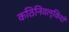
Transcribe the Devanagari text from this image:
कठिनिवल्कियों